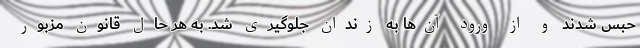
حبس شدند و از ورود آن‌ها به زندان جلوگیری شد. به هر حال قانون مزبور